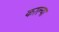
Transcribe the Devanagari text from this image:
काल्या